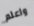
واعلم